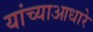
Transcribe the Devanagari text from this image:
यांच्याआधारे